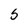
Character: 5